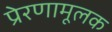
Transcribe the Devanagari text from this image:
प्रेरणामूलक